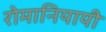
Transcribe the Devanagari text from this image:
रोमानियायी